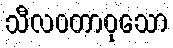
သီလဝတာဝုသော